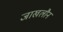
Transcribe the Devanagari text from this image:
जाखलौन